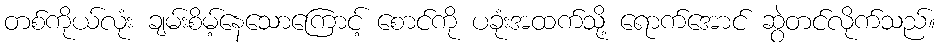
တစ်ကိုယ်လုံး ချမ်းစိမ့်နေသောကြောင့် စောင်ကို ပခုံးအထက်သို့ ရောက်အောင် ဆွဲတင်လိုက်သည်။